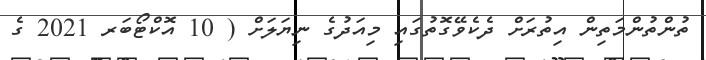
ތުންތުންމަތިން އިތުރަށް ދެކެވޭގޮތުގައި މިއަދުގެ ނިޔަލަށް ( 10 އޮކްޓޯބަރ 2021 ގެ